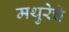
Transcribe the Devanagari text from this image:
मथुरेचे